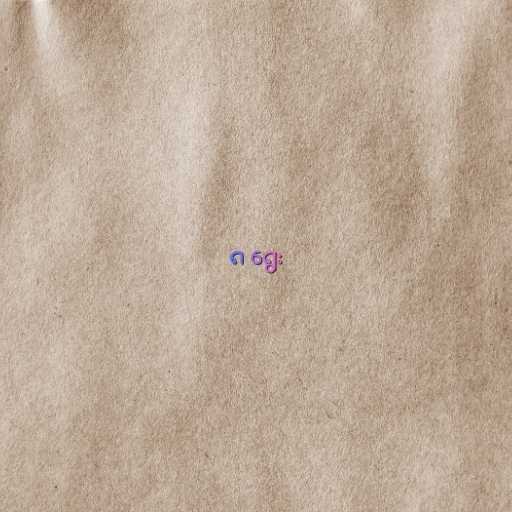
၈ ရွေး